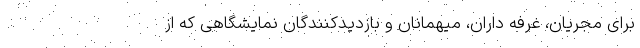
برای مجریان، غرفه داران، میهمانان و بازدیدکنندگان نمایشگاهی که از